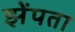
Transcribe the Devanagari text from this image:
झेंपता